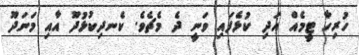
ހުރިހާ ޓީމެއް އަދި ކުޅެފައި ވަނީ ދެ މެެޗެވެ. ކެނދިކުޅުދޫ އާއި މަނަދޫ